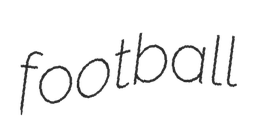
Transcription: football